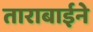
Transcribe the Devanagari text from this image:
ताराबाईने